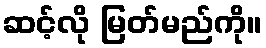
ဆင့်လို မြတ်မည်ကို။